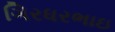
ગિરધરભાઇ